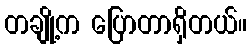
တချို့က ပြောတာရှိတယ်။